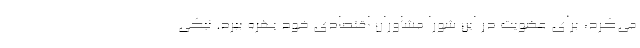
می‌کرد، برای عضویت در این شورا مشاوران اقتصادی خود بهره ببرد. نیکی